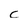
Character: C